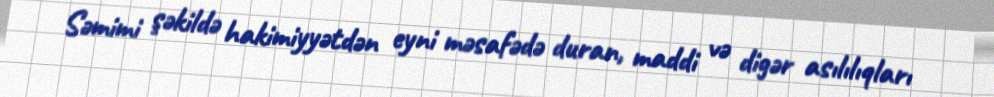
Səmimi şəkildə hakimiyyətdən eyni məsafədə duran, maddi və digər asılılıqları